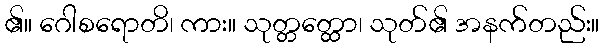
၏။ ဂေါစရောတိ၊ ကား။ သုတ္တတ္ထော၊ သုတ်၏ အနက်တည်း။